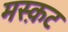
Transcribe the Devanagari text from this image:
मस्क़ट